Civil Veterinary Dept. Bombay admin report 1923-31 - 1923-1931
Year: 1923
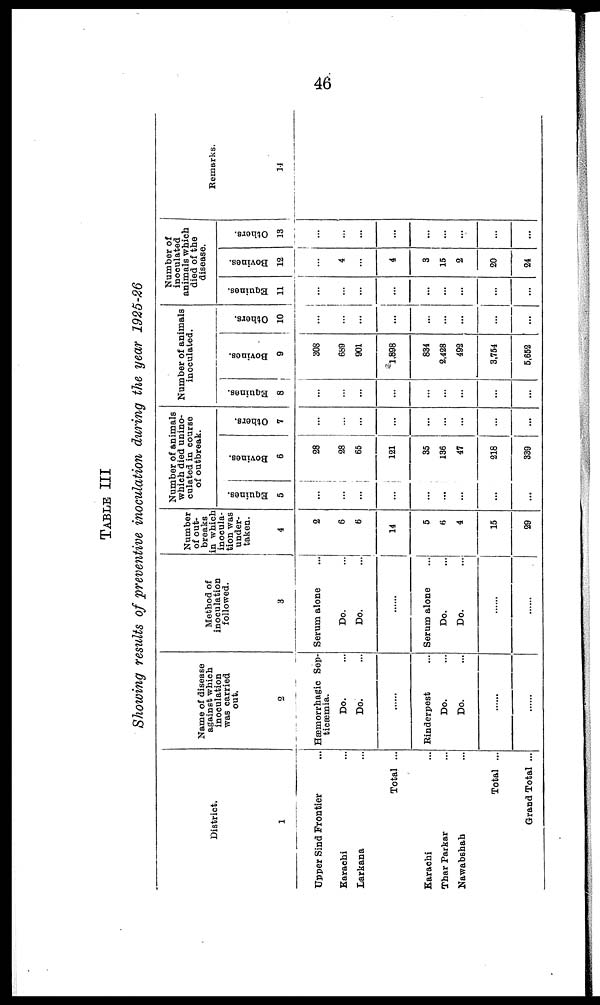
46
TABLE III
Showing results of preventive inoculation during the year 1925-26
District.
1
Upper Sind Frontier
Karachi ...
Larkana ...
Total ...
Karachi ...
Thar Parkar ...
Nawabshah ...
Total ...
Grand Total ...
Name of disease
against which
inoculation
was carried
out.
2
Hæmorrhagic Sep-
ticæmia.
Do. ...
Do. ...
......
Rinderpest ...
Do. ...
Do. ...
......
......
Method of
inoculation
followed.
3
Serum alone ...
Do. ...
Do. ...
......
Serum alone ...
Do. ...
Do. ...
......
......
Number
of out-
breaks
in which
inocula-
tion was
under-
taken.
4
2
6
6
14
5
6
4
15
29
Number of animals
which died unino-
culated in course
of outbreak.
Equines.
5
...
...
...
...
...
...
...
...
...
Bovines.
6
28
28
65
121
35
136
47
218
339
Others.
7
...
...
...
...
...
...
...
...
...
Number of animals
inoculated.
Equines.
8
...
...
...
...
...
...
...
...
...
Bovines.
9
308
689
901
1,898
834
2,428
492
3,754
5,652
Others.
10
...
...
...
...
...
...
...
...
...
Number of
inoculated
animals which
died of the
disease.
Equines.
11
...
...
...
...
...
...
...
...
...
Bovines.
12
...
4
...
4
3
15
2
20
24
Others.
13
...
...
...
...
...
...
...
...
...
Remarks.
14